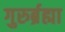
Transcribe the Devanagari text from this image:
गुरुर्ब्रह्मा